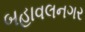
બહાવલનગર